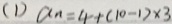
( 1 ) a _ { n } = 4 + ( 1 0 - 1 ) \times 3